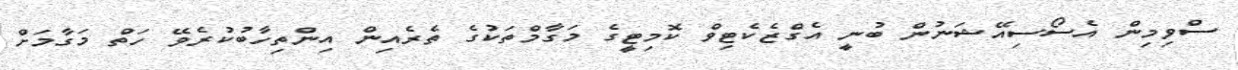
ސްވިމިން އެސޯސިއޭޝަނުން ބުނީ އެގްޒެކެޓިވް ކޮމިޓީގެ މަގާމްތަކުގެ ތެރެއިން އިންތިހާބުކުރެވޭ ހަތް މަގާމަށް